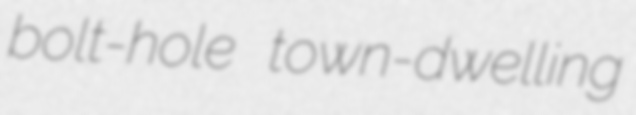
bolt-hole town-dwelling